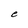
Character: e